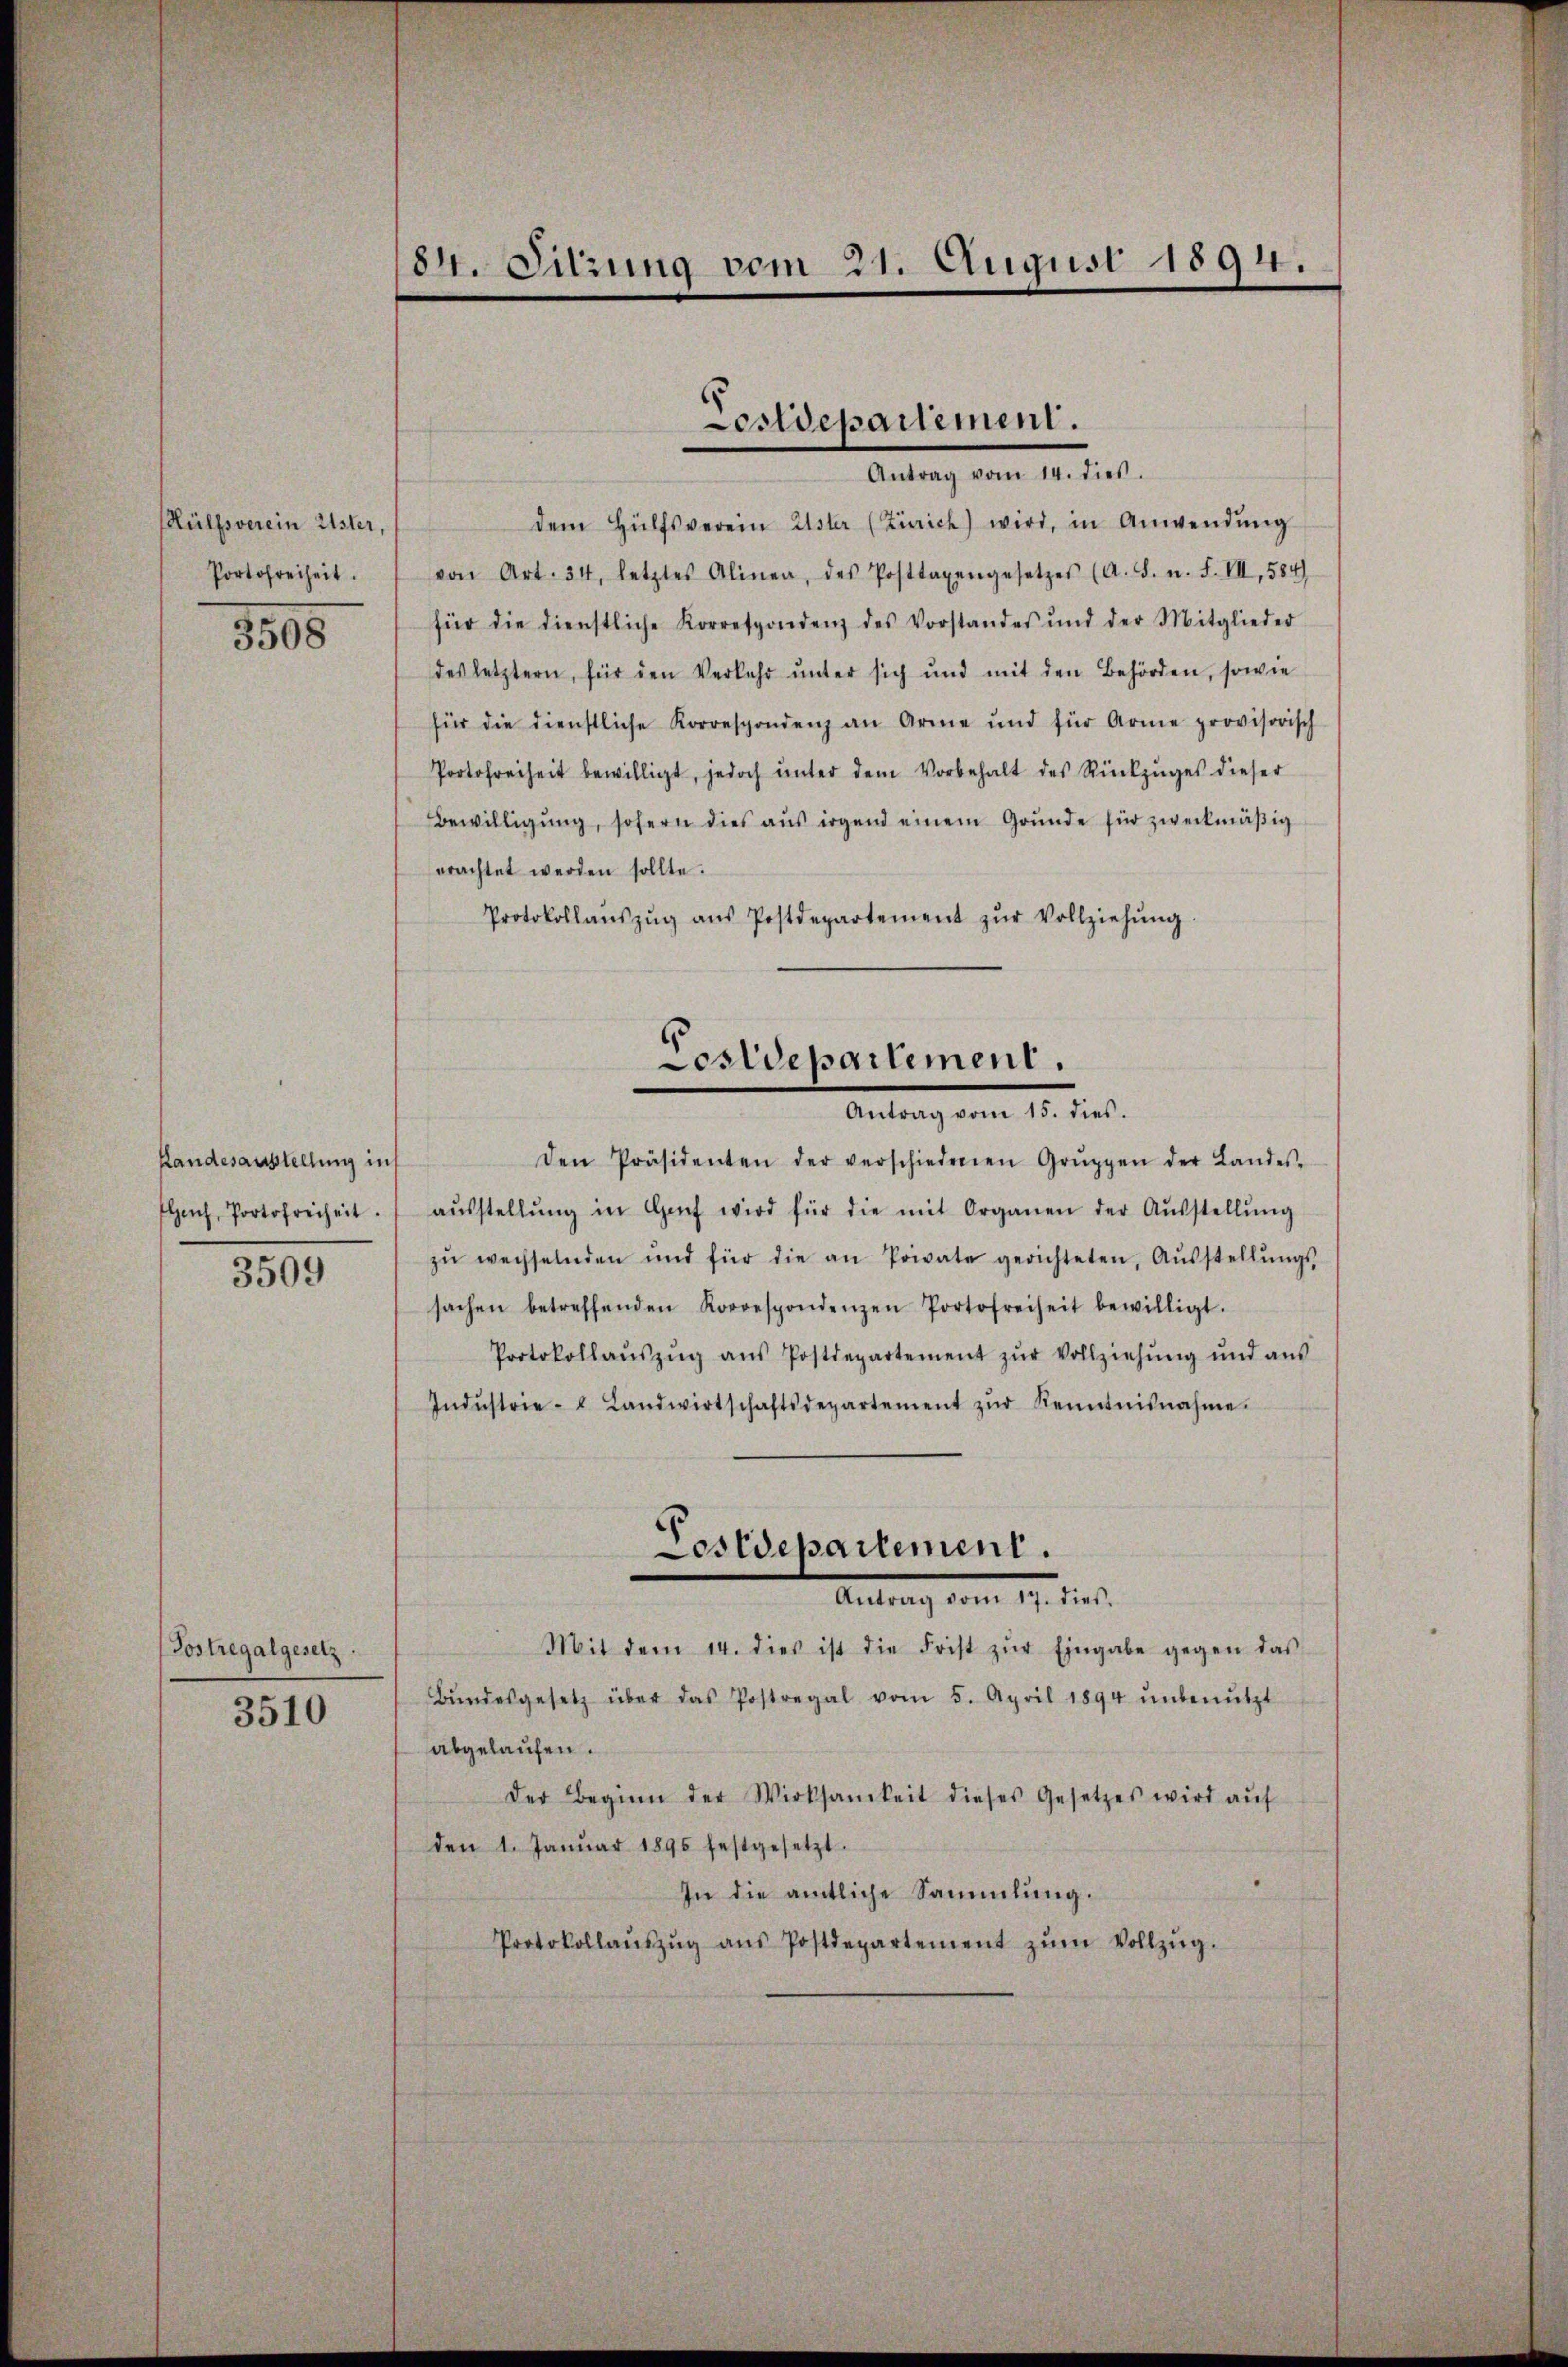
Hülfsverein Ester,
Portofreiheit.

3508

Standesausstellung ins
Heich, Portofreiheit.

3509

(Sostregalgesetz.

3510

84. Sitzung vom 21. August 1894.

dem Hülfsverein Uster (Zürich) wird, in Anwendŭng
von Art. 34, letztes Alinea, des Posttaxengesetzes (A. S. n. F. VII, 584)
für die dienstliche Korrespondenz des Vorstandes und der Mitglieder
des letztern, für den Verkehr unter sich und mit den Behörden, sowie
für die dienstliche Korrespondenz an Arme und für Arme provisorisch
Portofreiheit bewilligt, jedoch ŭnter dem Vorbehalt des Rückzŭges dieser
Bewilligŭng, sofern dies aŭs irgend einem Grŭnde für zweckmäβig
orachtet werden sollte.
Protokollaŭszŭg aŭs Postdepartement zŭr Vollziehŭng.
Den Präsidenten der verschiedenen Grŭppen der Landes-
aŭsstellŭng in Genf wird für die mit Organen der Aŭsstellŭng
zŭ wechselnden und für die an Private gerichteten, Aŭsstellŭngs-
sachen betreffenden Korrespondenzen Portofreiheit bewilligt.
Protokollaŭszŭg aŭs Postdepartement zŭr Vollziehŭng und aŭs
Indŭstrie- Landwirtschaftsdepartement zŭr Kenntnisnahme.
Costdepartement.
ilung vom 17. dies
Mit dem 14. dies ist die Frist zŭr Eingabe gegen das
Bŭndesgesetz über das Postregal vom 5. April 1894 ŭnbenützt
abgelaufen.
Der Beginn der Wirksamkeit dieses Gesetzes wird aŭf
den 1. Januar 1895 festgesetzt.
In die amtliche Sammlung.
Protokollaŭszŭg aŭs Postdepartement zŭm Vollzŭg.

Coridepartement.
Antrag vom 14. dies.

Costdepartement.
..